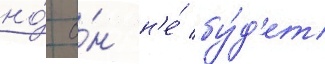
но́ о́н н'е́ бу́д'ет